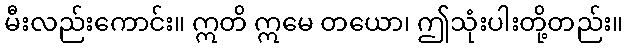
မီးလည်းကောင်း။ ဣတိ ဣမေ တယော၊ ဤသုံးပါးတို့တည်း။